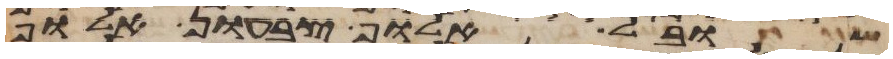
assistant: שובל אלוף צבעון אלוף